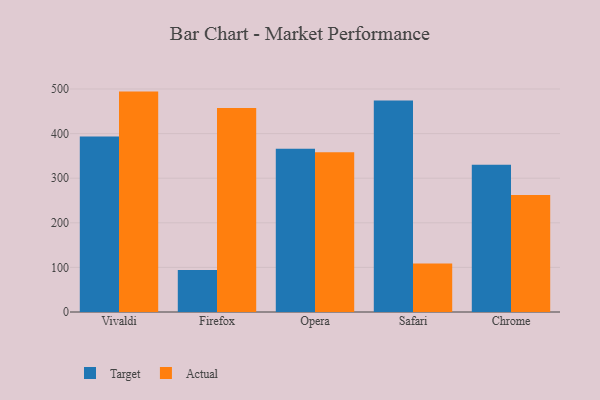
{"axis": {"x": "Browser", "y": "Net Income (USD K)"}, "legend": ["Actual", "Target"], "data": [{"x": "Vivaldi", "y": 393.3, "type": "Target"}, {"x": "Vivaldi", "y": 494.2, "type": "Actual"}, {"x": "Firefox", "y": 94.1, "type": "Target"}, {"x": "Firefox", "y": 457.6, "type": "Actual"}, {"x": "Opera", "y": 365.8, "type": "Target"}, {"x": "Opera", "y": 358.2, "type": "Actual"}, {"x": "Safari", "y": 474.2, "type": "Target"}, {"x": "Safari", "y": 108.9, "type": "Actual"}, {"x": "Chrome", "y": 330.3, "type": "Target"}, {"x": "Chrome", "y": 262.6, "type": "Actual"}]}